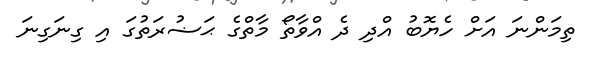
ތިމަންނަ އަށް ހެޔޮބު އްދި ދެ އްވާތޯ މާތްގެ ޙަޟުރަތުގަ އި ގިނަގިނަ